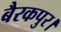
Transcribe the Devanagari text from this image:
बैरकपुर।